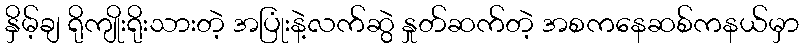
နှိမ့်ချ ရိုကျိုးရိုးသားတဲ့ အပြုံးနဲ့လက်ဆွဲ နှုတ်ဆက်တဲ့ အစကနေဆစ်ကနယ်မှာ